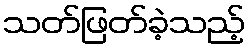
သတ်ဖြတ်ခဲ့သည့်